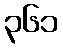
၃၆၁